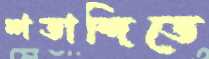
শতাব্দিতে